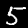
Label: 5